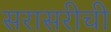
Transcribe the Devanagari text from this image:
सरासरीची